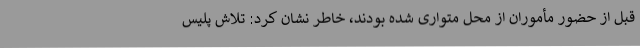
قبل از حضور مأموران از محل متواری شده بودند، خاطر نشان کرد: تلاش پلیس